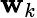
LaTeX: \mathbf{w}_{k}